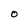
Character: O